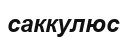
саккулюс